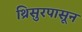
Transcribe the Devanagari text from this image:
थ्रिसुरपासून